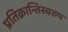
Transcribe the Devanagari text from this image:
प्रतिक्रान्तिस्वरुप